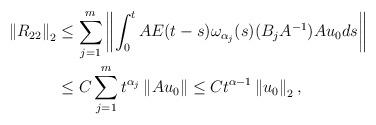
LaTeX: \begin{align*} \left\| R_{22} \right\|_2 & \leq \sum\limits_{j=1}^{m} \left\| \int_0^t AE(t-s)\omega_{\alpha_j}(s) (B_jA^{-1}) Au_0 ds \right\| \\ & \leq C \sum\limits_{j=1}^{m} t^{\alpha_j} \left\| Au_0\right\| \leq C t^{\alpha-1}\left\| u_0\right\|_2, \end{align*}